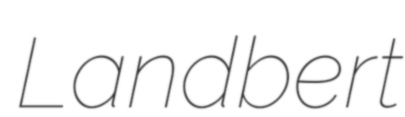
Landbert